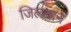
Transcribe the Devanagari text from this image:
जिलवाने